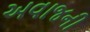
અવાજની